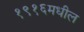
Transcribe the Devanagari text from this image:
१९१६मधील